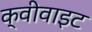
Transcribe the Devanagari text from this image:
क्वीवाइट